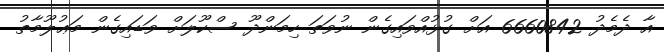
އާ ދެމެދު 6660842 އަށް ގުޅުއްވައިގެން ނުވަތަ ހިމަންދޫ ސްކޫލަށް ވަޑައިގެން މަޢުލޫމާތު